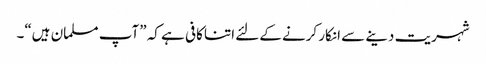
شہریت دینے سے انکار کرنے کےلئے اتنا کافی ہے کہ ”آپ مسلمان ہیں“۔